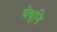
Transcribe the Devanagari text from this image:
येथूनि